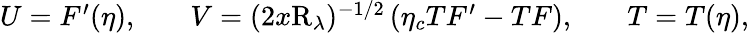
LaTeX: \begin{array}{ccc}{U=F^{\prime}(\eta),\quad}&{V=(2x\mathrm{R}_{\lambda})^{-1/2}\left(\eta_{c}TF^{\prime}-TF\right),\quad}&{T=T(\eta),}\end{array}